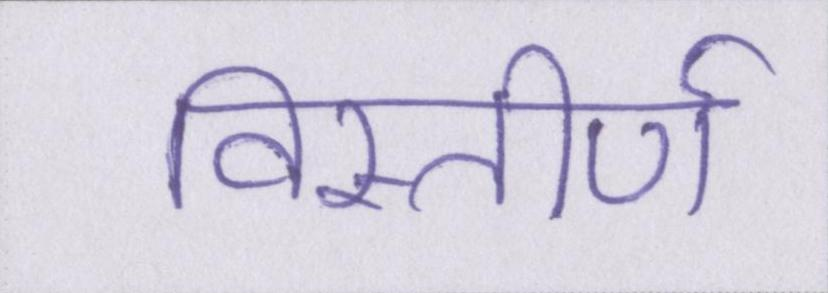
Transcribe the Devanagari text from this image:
विस्तीर्ण